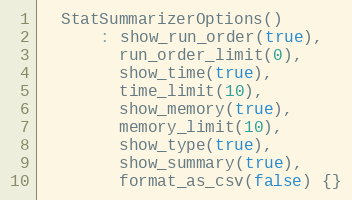
Language: C
  StatSummarizerOptions()
      : show_run_order(true),
        run_order_limit(0),
        show_time(true),
        time_limit(10),
        show_memory(true),
        memory_limit(10),
        show_type(true),
        show_summary(true),
        format_as_csv(false) {}